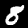
Digit: 8